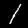
Label: 1